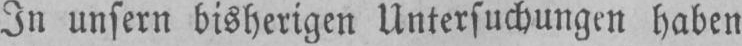
In unsern bisherigen Untersuchungen haben